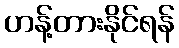
ဟန့်တားနိုင်ရန်